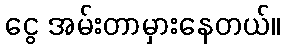
ငွေ အမ်းတာမှားနေတယ်။